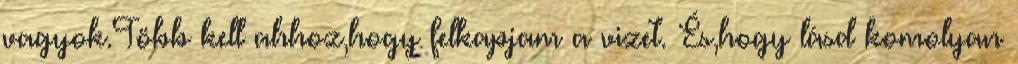
vagyok.Több kell ahhoz,hogy felkapjam a vizet. És,hogy lásd komolyan